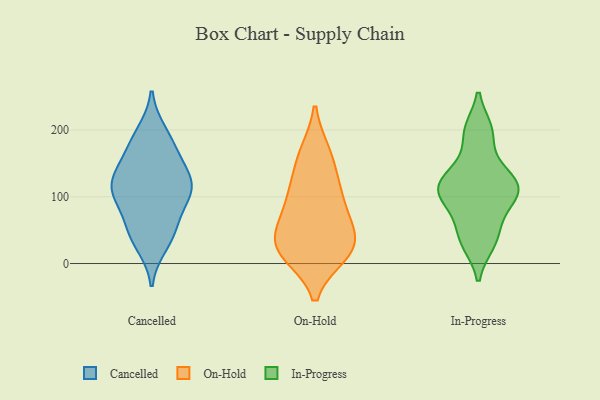
{"axis": {"x": "Demand Index", "y": "Value"}, "legend": ["Cancelled", "In-Progress", "On-Hold"], "data": [{"x": "", "y": 103, "type": "Cancelled"}, {"x": "", "y": 45, "type": "Cancelled"}, {"x": "", "y": 29, "type": "Cancelled"}, {"x": "", "y": 112, "type": "Cancelled"}, {"x": "", "y": 118, "type": "Cancelled"}, {"x": "", "y": 95, "type": "Cancelled"}, {"x": "", "y": 154, "type": "Cancelled"}, {"x": "", "y": 195, "type": "Cancelled"}, {"x": "", "y": 185, "type": "Cancelled"}, {"x": "", "y": 131, "type": "Cancelled"}, {"x": "", "y": 47, "type": "Cancelled"}, {"x": "", "y": 114, "type": "Cancelled"}, {"x": "", "y": 63, "type": "Cancelled"}, {"x": "", "y": 168, "type": "Cancelled"}, {"x": "", "y": 121, "type": "Cancelled"}, {"x": "", "y": 166, "type": "On-Hold"}, {"x": "", "y": 24, "type": "On-Hold"}, {"x": "", "y": 94, "type": "On-Hold"}, {"x": "", "y": 163, "type": "On-Hold"}, {"x": "", "y": 33, "type": "On-Hold"}, {"x": "", "y": 68, "type": "On-Hold"}, {"x": "", "y": 15, "type": "On-Hold"}, {"x": "", "y": 112, "type": "On-Hold"}, {"x": "", "y": 67, "type": "On-Hold"}, {"x": "", "y": 14, "type": "On-Hold"}, {"x": "", "y": 19, "type": "On-Hold"}, {"x": "", "y": 41, "type": "On-Hold"}, {"x": "", "y": 120, "type": "On-Hold"}, {"x": "", "y": 107, "type": "In-Progress"}, {"x": "", "y": 90, "type": "In-Progress"}, {"x": "", "y": 199, "type": "In-Progress"}, {"x": "", "y": 35, "type": "In-Progress"}, {"x": "", "y": 124, "type": "In-Progress"}, {"x": "", "y": 113, "type": "In-Progress"}, {"x": "", "y": 119, "type": "In-Progress"}, {"x": "", "y": 197, "type": "In-Progress"}, {"x": "", "y": 60, "type": "In-Progress"}, {"x": "", "y": 105, "type": "In-Progress"}, {"x": "", "y": 145, "type": "In-Progress"}, {"x": "", "y": 31, "type": "In-Progress"}]}